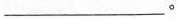
___。